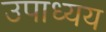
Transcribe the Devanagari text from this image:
उपाध्यय